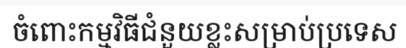
ចំពោះកម្មវិធីជំនួយខ្លះសម្រាប់ប្រទេស